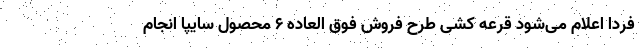
فردا اعلام می‌شود قرعه کشی طرح فروش فوق العاده ۶ محصول سایپا انجام